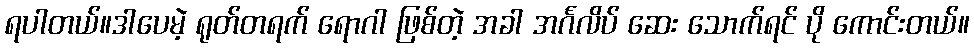
ရပါတယ်။ဒါပေမဲ့ ရုတ်တရက် ရောဂါ ဖြစ်တဲ့ အခါ အင်္ဂလိပ် ဆေး သောက်ရင် ပို ကောင်းတယ်။